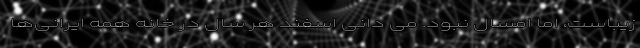
زیباست، اما امسال نبود. می دانی اسفند هر سال در خانه همه ایرانی‌ها